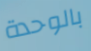
بالوحدة